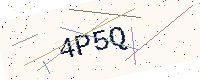
Text: 4P5Q